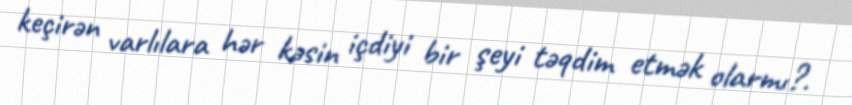
keçirən varlılara hər kəsin içdiyi bir şeyi təqdim etmək olarmı?.